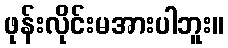
ဖုန်းလိုင်းမအားပါဘူး။